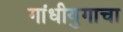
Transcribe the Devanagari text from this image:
गांधीयुगाचा